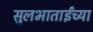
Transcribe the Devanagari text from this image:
सुलभाताईंच्या